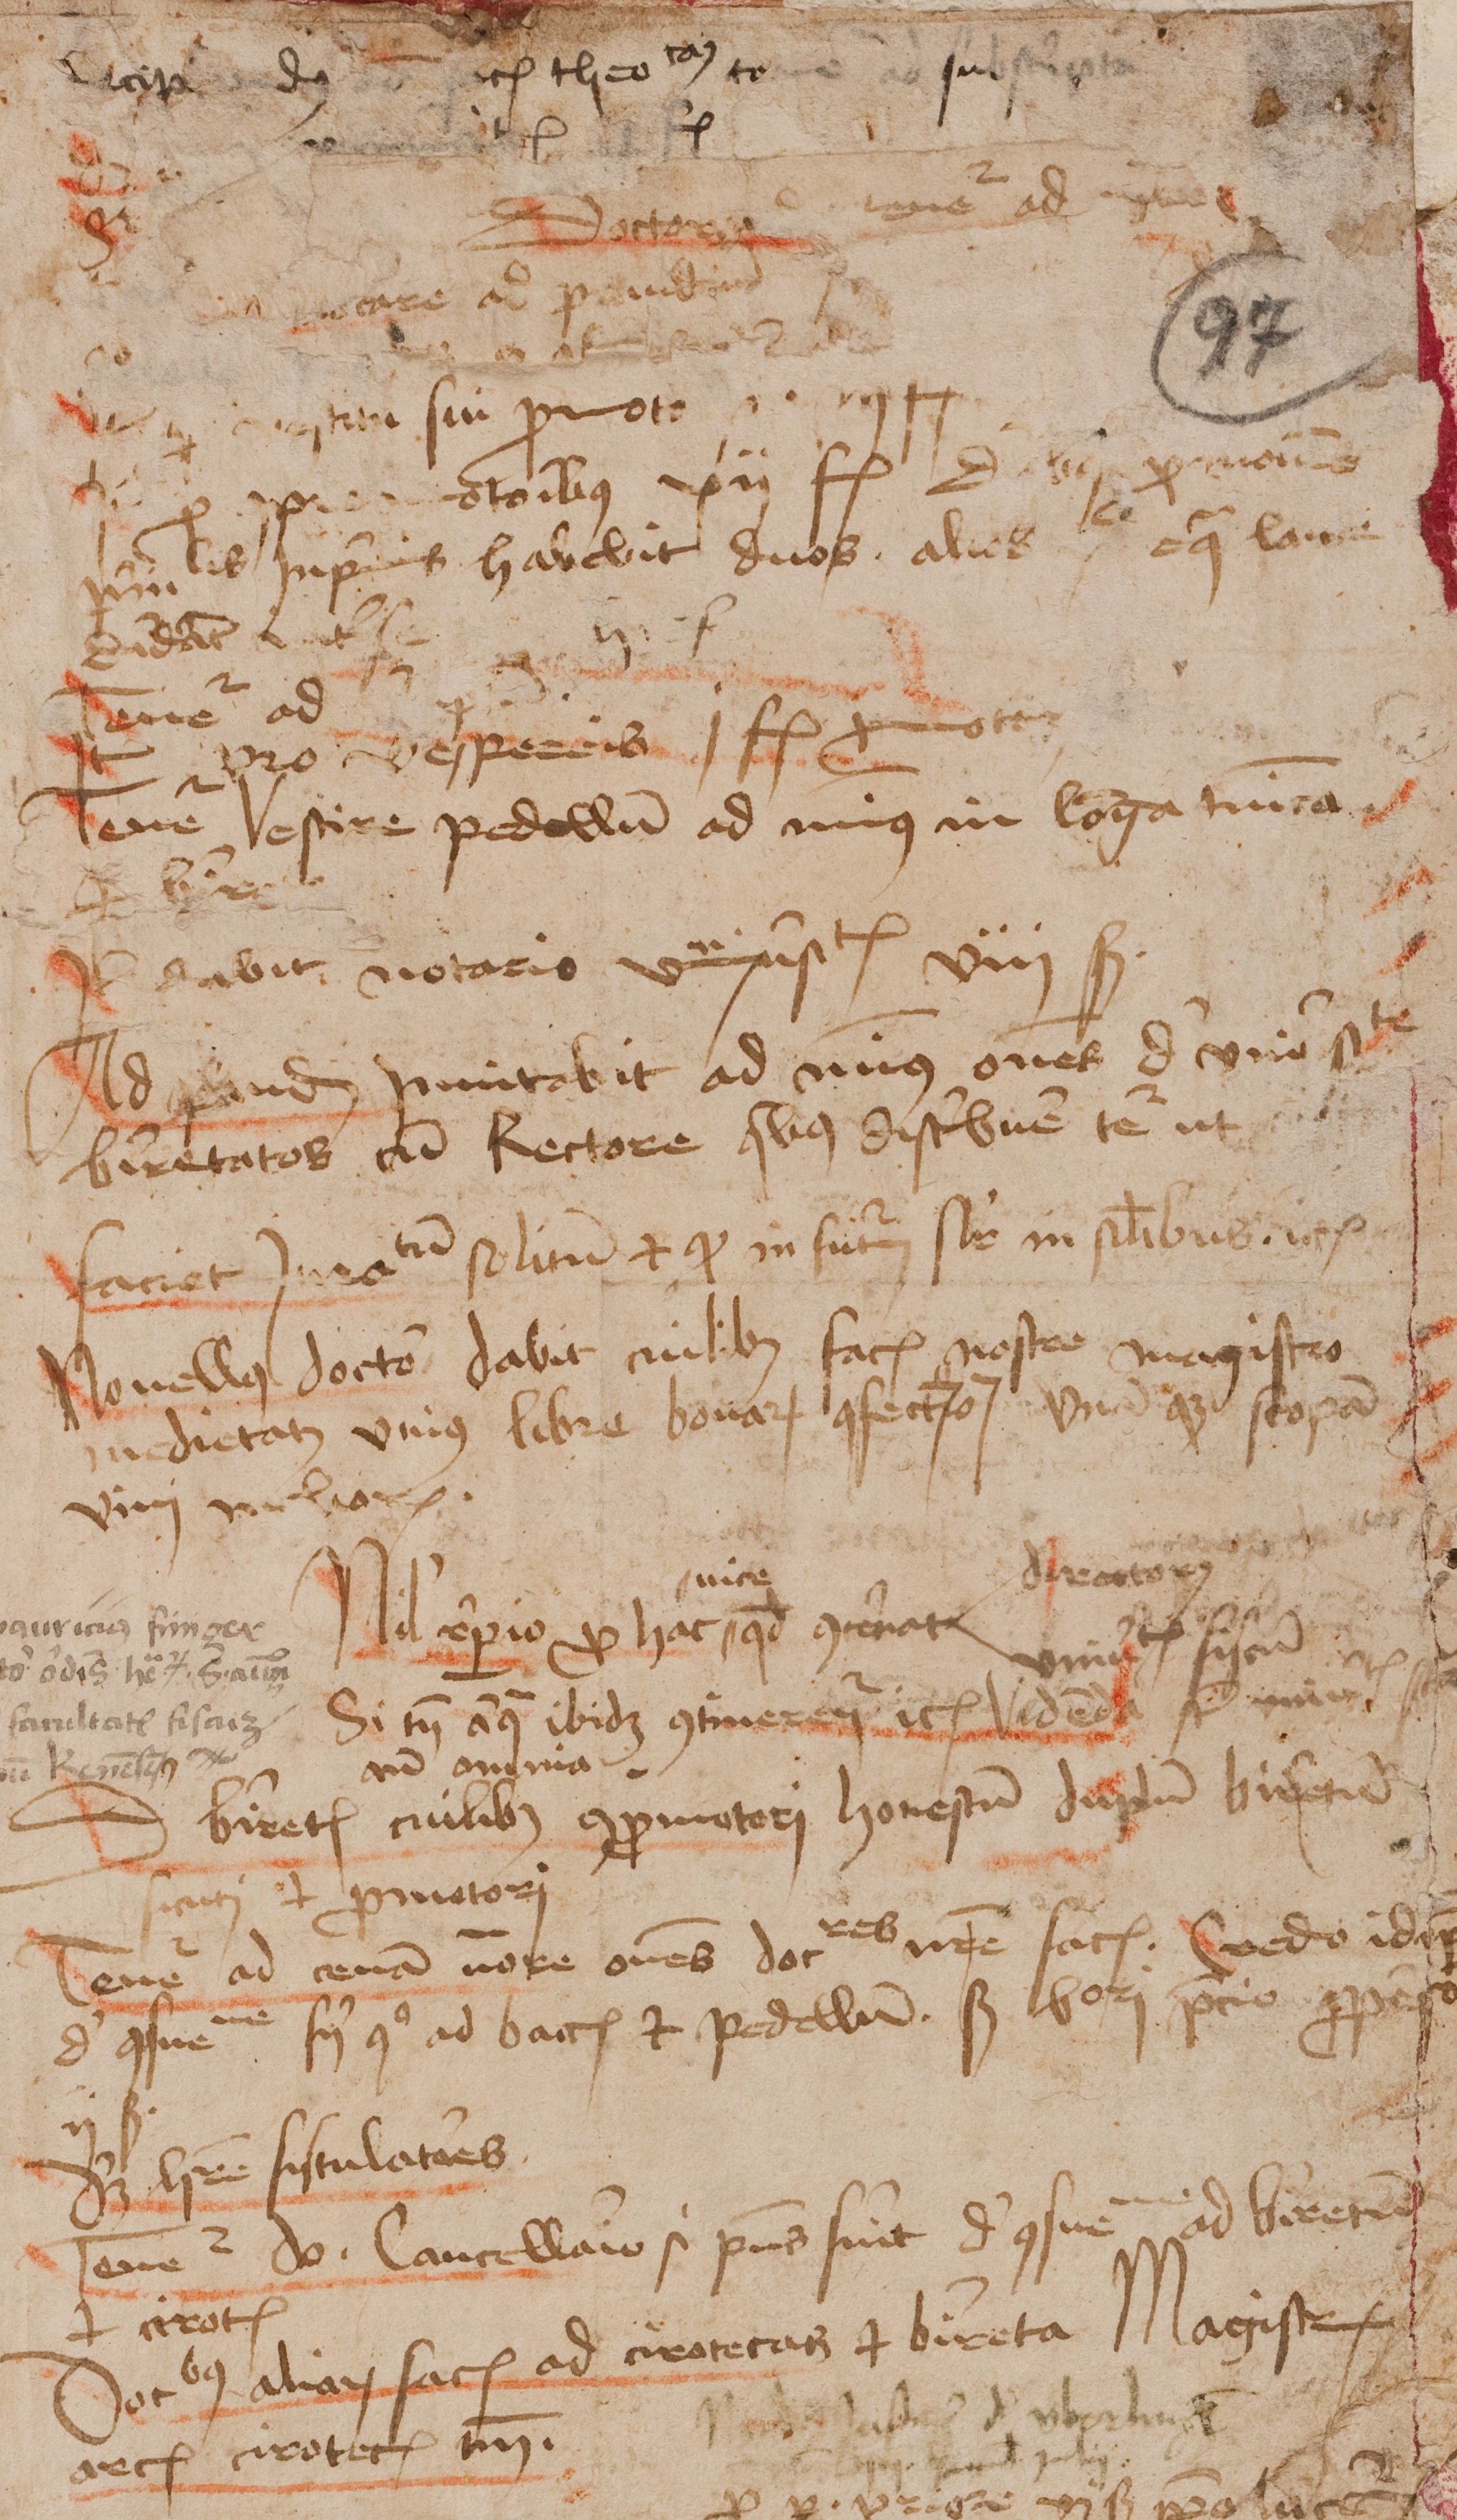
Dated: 1462–1740